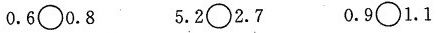
0.6\circ0.8 5.2\circ2.7 0.9\circ1.1